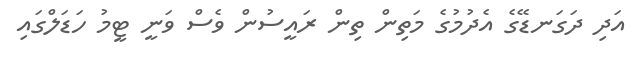
އަދި ދަގަނޑޭގެ އެދުމުގެ މަތިން ތިން ރައީސުން ވެސް ވަނީ ޓީމު ހަޑަލްގައި